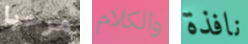
مرحبا والكلام نافذة